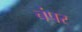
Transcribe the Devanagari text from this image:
चंपर